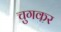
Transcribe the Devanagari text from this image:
चुगकर